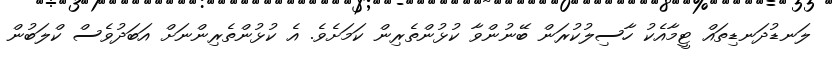
ލަނޑުދަނޑިތައް ޓީމާއެކު ހާސިލުކުރަން ބޭނުންވާ ކުޅުންތެރިން ކަމަށެވެ. އެ ކުޅުންތެރިންނަށް އަބަދުވެސް ކްލަބުން